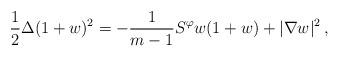
LaTeX: \begin{align*} \frac{1}{2} \Delta(1+w)^2 = - \frac{1}{m-1} S^\varphi w (1+w) + |\nabla w|^2 \, ,\end{align*}